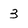
Character: 3